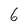
Character: 6